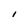
Character: I